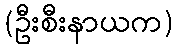
(ဦးစီးနာယက)